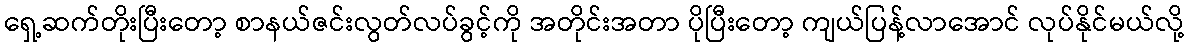
ရှေ့ဆက်တိုးပြီးတော့ စာနယ်ဇင်းလွတ်လပ်ခွင့်ကို အတိုင်းအတာ ပိုပြီးတော့ ကျယ်ပြန့်လာအောင် လုပ်နိုင်မယ်လို့